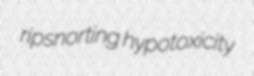
ripsnorting hypotoxicity